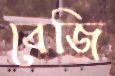
বেজি